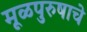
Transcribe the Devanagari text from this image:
मूळपुरुषाचे